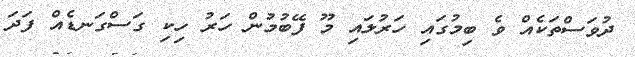
ދުވަސްތަކެއް ވެ ބިމުގައި ހަރުލައި މޫ ފޭބުމުން ހަރު ހިކި ގަސްގަނޑެއް ފަދަ